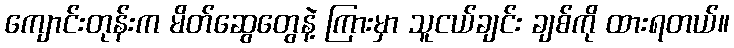
ကျောင်းတုန်းက မိတ်ဆွေတွေနဲ့ ကြားမှာ သူငယ်ချင်း ချစ်ကို ထားရတယ်။